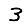
Digit: 3